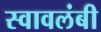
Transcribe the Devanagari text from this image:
स्‍वावलंबी